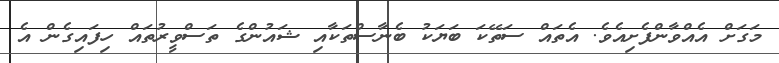
މަގަށް އެއްވާންފެށިއެވެ. އެތައް ސަތޭކަ ބަޔަކު ބެނާސްތަކާއި ޝައުންގެ ތަސްވީރުތައް ހިފައިގެން އެ